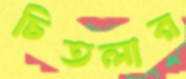
চিতলার